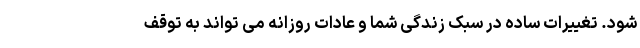
شود. تغییرات ساده در سبک زندگی شما و عادات روزانه می تواند به توقف